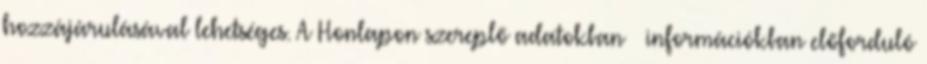
hozzájárulásával lehetséges. A Honlapon szereplő adatokban információkban előforduló